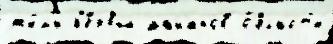
жи́л'и п'е́рвый манапов о́бласт'и